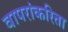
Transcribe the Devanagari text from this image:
वापरांकरिता